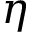
\eta